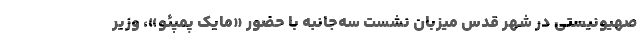
صهیونیستی در شهر قدس میزبان نشست سه‌جانبه با حضور «مایک پمپئو»، وزیر